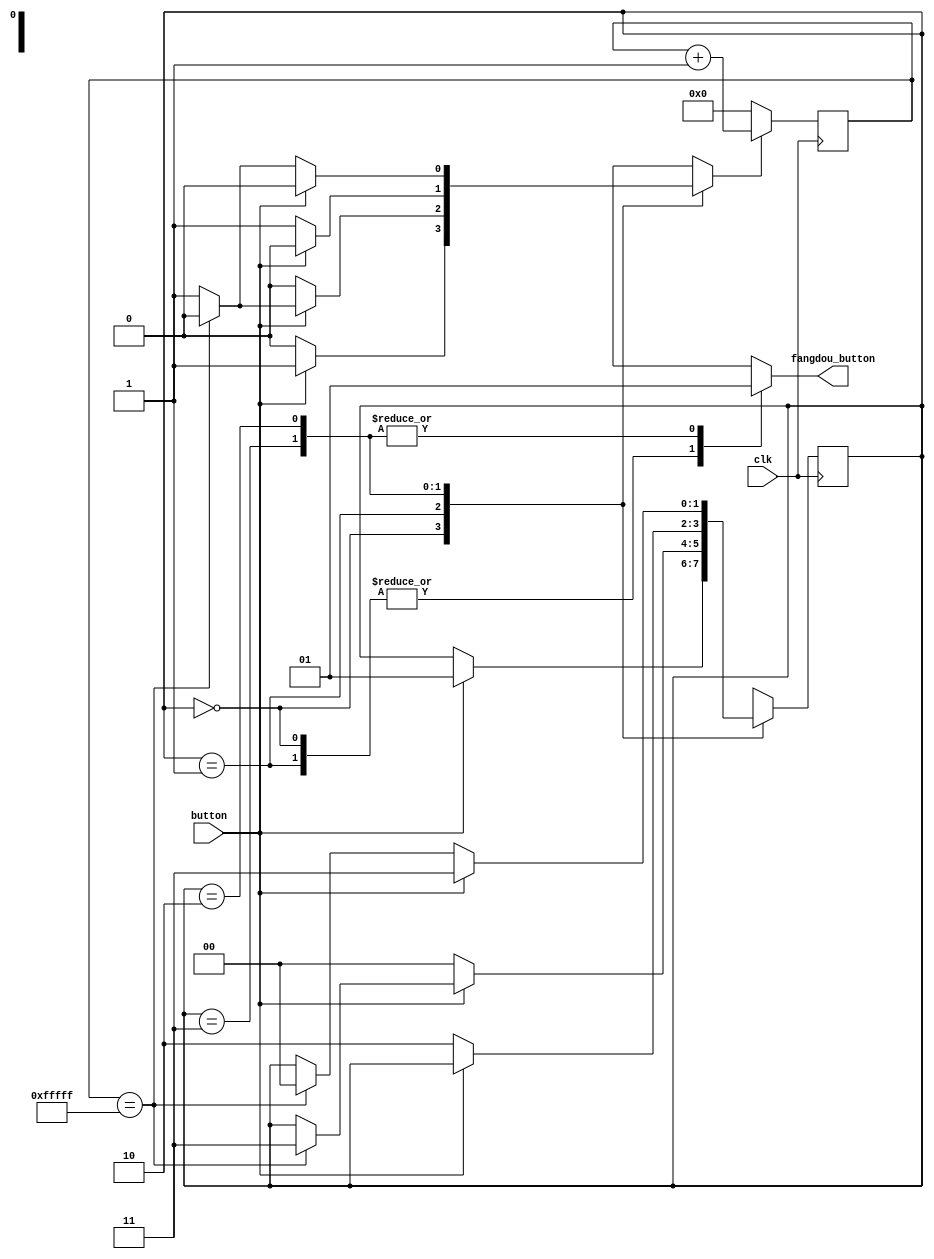
 /* this program is to defend button from tremble
    Copyright (C) 2018 IdlessChaye

    This program is free software; you can redistribute it and/or modify
    it under the terms of the GNU General Public License as published by
    the Free Software Foundation; either version 2 of the License, or
    (at your option) any later version.

    This program is distributed in the hope that it will be useful,
    but WITHOUT ANY WARRANTY; without even the implied warranty of
    MERCHANTABILITY or FITNESS FOR A PARTICULAR PURPOSE.  See the
    GNU General Public License for more details.

    You should have received a copy of the GNU General Public License along
    with this program; if not, write to the Free Software Foundation, Inc.,
    51 Franklin Street, Fifth Floor, Boston, MA 02110-1301 USA.
*/


`timescale 1ns / 1ns

module fangdou(
	input clk,
	input button,
	output fangdou_button
    );
    
	reg go = 0;

	localparam N = 20;
	reg[N-1:0] count=0;
	always @(posedge clk) begin
		if (go) begin
			count <= count + 1;
		end
		else 
			count <= 0;
	end	

	wire tick;
	assign tick = (count == 2**N-1);

	localparam[1:0] s0 = 2'b00,
					s1 = 2'b01,
					s2 = 2'b11,
					s3 = 2'b10;

	reg[1:0] state_reg=s0,state_next=s0;

	always @ (posedge clk) begin
		state_reg <= state_next;
	end
	
	always @ * begin
		state_next = state_reg;
		case(state_reg)
			s0: begin
				if(button == 1) begin
					go = 1;
					state_next = s1;
				end else
				    go = 0;
			end
			s1: begin
				if(button == 1) begin
					if(tick == 1) begin
						state_next = s2;	
						go = 0;					
					end else begin
					    go = 1;
					end
				end
				else begin
					state_next = s0;
					go = 0;
				end
			end
			s2: begin
				if(button == 0) begin
					state_next = s3;
					go = 1;
				end else
				    go = 0;
			end
			s3: begin
				if(button == 0) begin
					if(tick == 1) begin
						state_next = s0;
						go = 0;
					end else
					    go = 1;
				end
				else begin
					state_next = s2;
					go = 0;
				end
			end
			default: begin
				state_next = s0;
				go = 0;
			end
		endcase
	end

	reg output_fangdou_button = 0;
	assign fangdou_button = output_fangdou_button;
	always @ * begin
		case(state_reg) 
			s0:output_fangdou_button = 0;
			s1:output_fangdou_button = 0;
			s2:output_fangdou_button = 1;
			s3:output_fangdou_button = 1;
		endcase
	end		
endmodule